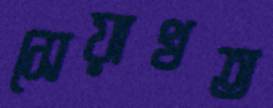
সেয়াখত